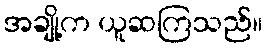
အချို့က ယူဆကြသည်။